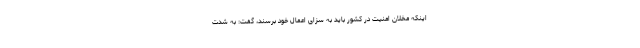
اینکه مخلان امنیت در کشور باید به سزای اعمال خود برسند، گفت: به شدت